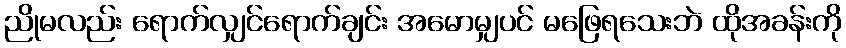
ညိုမလည်း ရောက်လျှင်ရောက်ချင်း အမောမျှပင် မဖြေရသေးဘဲ ထိုအခန်းကို